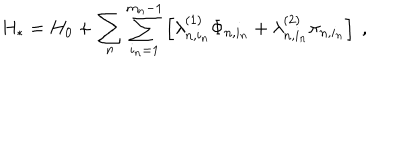
LaTeX: H _ { * } = H _ { 0 } + \sum _ { n } \sum _ { i _ { n } = 1 } ^ { m _ { n } - 1 } \left[ \lambda _ { n , i _ { n } } ^ { ( 1 ) } \Phi _ { n , i _ { n } } + \lambda _ { n , i _ { n } } ^ { ( 2 ) } \pi _ { n , i _ { n } } \right] \ ,